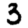
Digit: 3